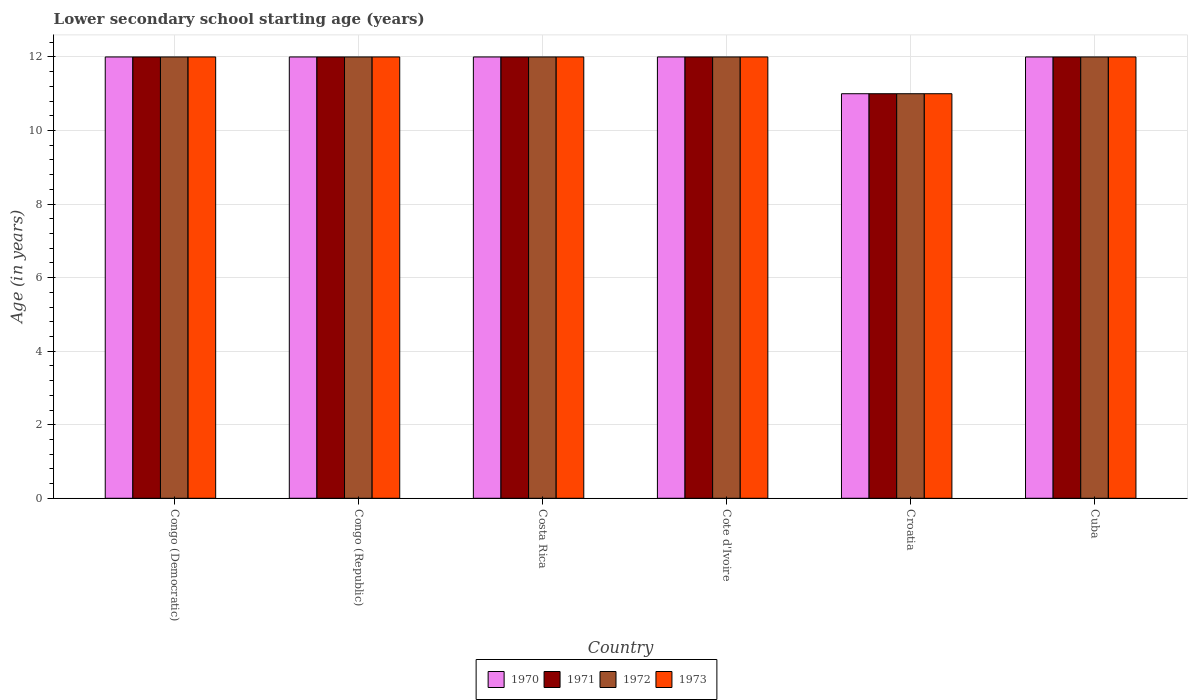
| Country | 1970 | 1971 | 1972 | 1973 |
 | --- | --- | --- | --- | --- |
 | Congo (Democratic) | 12 | 12 | 12 | 12 |
 | Congo (Republic) | 12 | 12 | 12 | 12 |
 | Costa Rica | 12 | 12 | 12 | 12 |
 | Cote d'Ivoire | 12 | 12 | 12 | 12 |
 | Croatia | 11 | 11 | 11 | 11 |
 | Cuba | 12 | 12 | 12 | 12 |